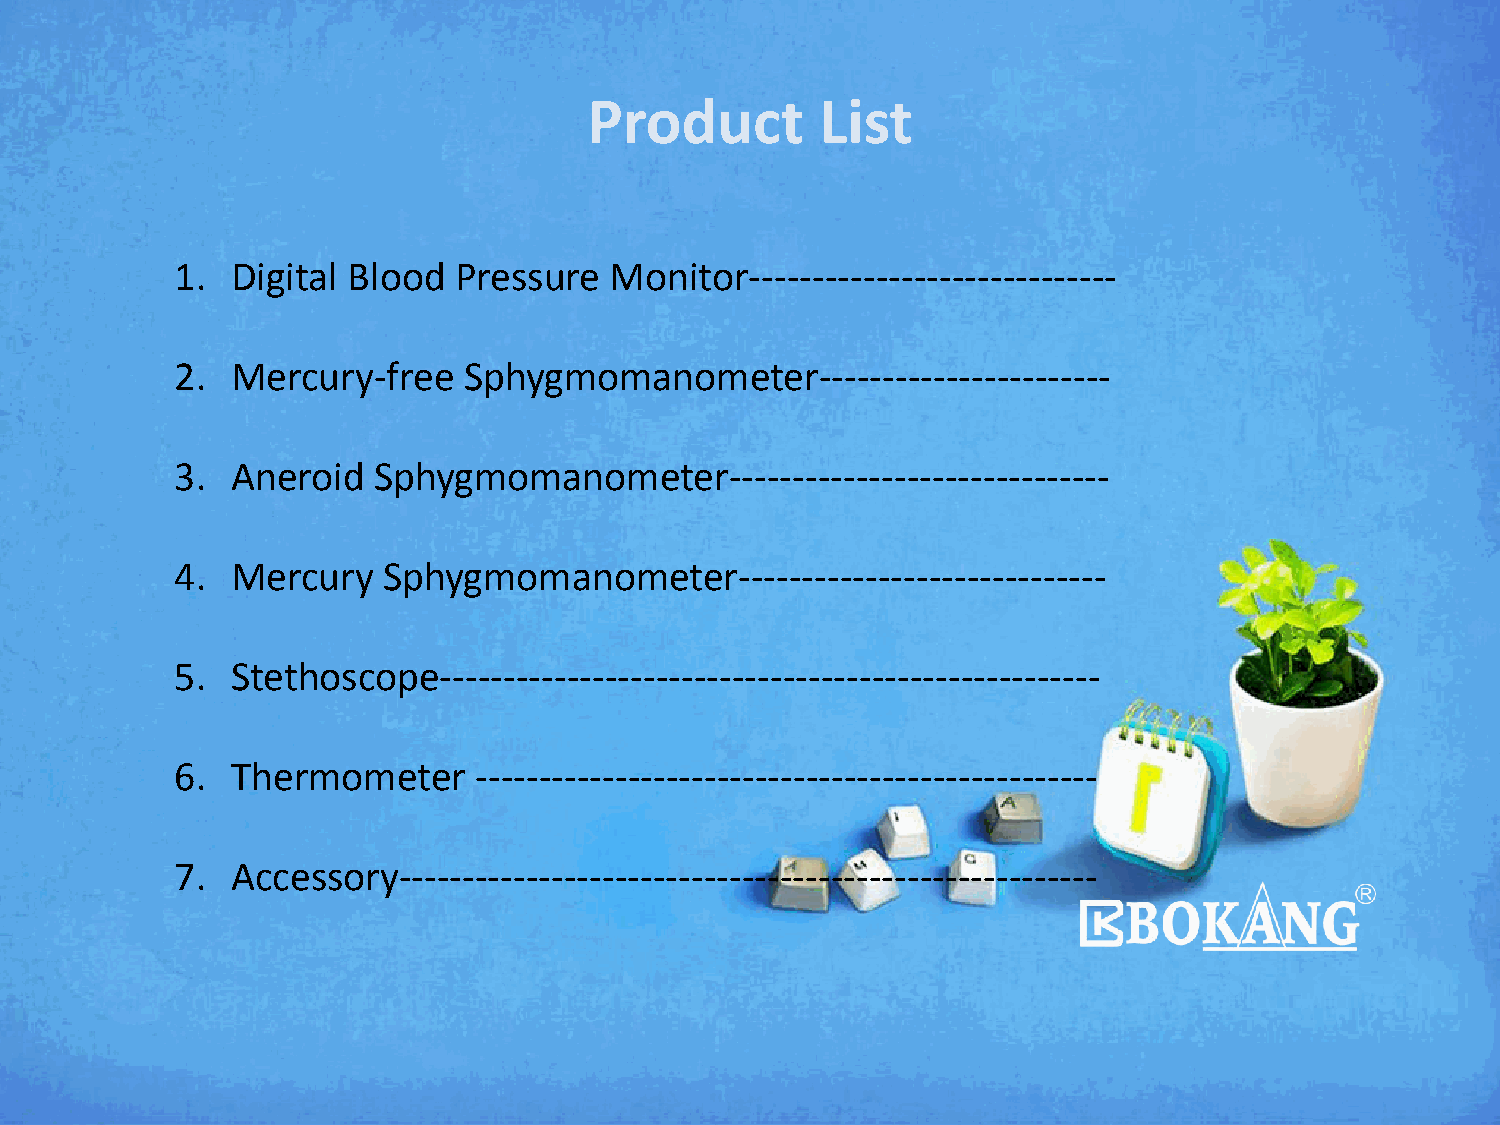
Product        List
 1. Digital Blood  Pressure  Monitor-----------------------------
 2. Mercury-free    Sphygmomanometer-----------------------
 3. Aneroid   Sphygmomanometer------------------------------
 4. Mercury   Sphygmomanometer-----------------------------
 5. Stethoscope----------------------------------------------------
 6. Thermometer     -------------------------------------------------
 7. Accessory-------------------------------------------------------